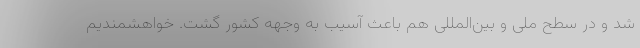
شد و در سطح ملی و بین‌المللی هم باعث آسیب به وجهه کشور گشت. خواهشمندیم